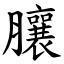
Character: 䑋